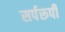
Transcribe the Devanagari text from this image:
सर्परूपी